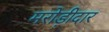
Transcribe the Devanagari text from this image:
मरोड़ीदार